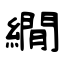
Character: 繝